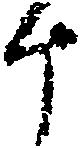
斗